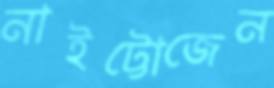
নাইট্টোজেন